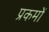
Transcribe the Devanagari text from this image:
प्रकमों